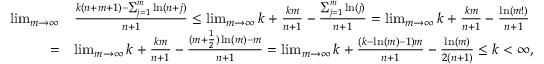
\begin{array} { r l } { \operatorname* { l i m } _ { m \to \infty } } & { \frac { k ( n + m + 1 ) - \sum _ { j = 1 } ^ { m } \ln ( n + j ) } { n + 1 } \leq \operatorname* { l i m } _ { m \to \infty } k + \frac { k m } { n + 1 } - \frac { \sum _ { j = 1 } ^ { m } \ln ( j ) } { n + 1 } = \operatorname* { l i m } _ { m \to \infty } k + \frac { k m } { n + 1 } - \frac { \ln ( m ! ) } { n + 1 } } \\ { = } & { \operatorname* { l i m } _ { m \to \infty } k + \frac { k m } { n + 1 } - \frac { ( m + \frac { 1 } { 2 } ) \ln ( m ) - m } { n + 1 } = \operatorname* { l i m } _ { m \to \infty } k + \frac { ( k - \ln ( m ) - 1 ) m } { n + 1 } - \frac { \ln ( m ) } { 2 ( n + 1 ) } \leq k < \infty , } \end{array}